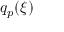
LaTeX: q _ { p } ( \xi )